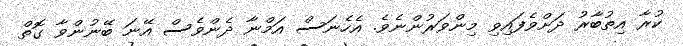
ކުރާ އިތުބާރު ދަށްވެފައިވި މިންވަރުންނެވެ. އެހެނަސް އަމްނާ ދެންވެސް އޭނަ ބޭނުންވާ ގޮތް